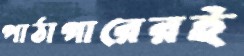
পাঠাগারেরই